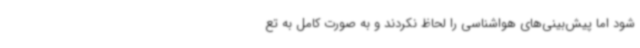
شود اما پیش‌بینی‌های هواشناسی را لحاظ نکردند و به صورت کامل به تع